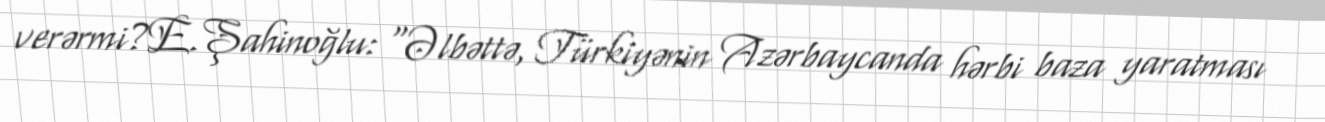
verərmi?E.Şahinoğlu: “Əlbəttə, Türkiyənin Azərbaycanda hərbi baza yaratması